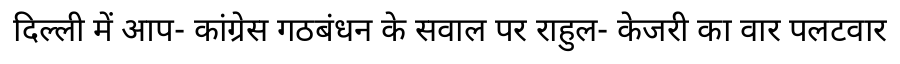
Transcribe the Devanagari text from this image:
दिल्ली में आप- कांग्रेस गठबंधन के सवाल पर राहुल- केजरी का वार पलटवार